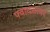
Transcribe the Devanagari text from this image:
फ्वायसागर